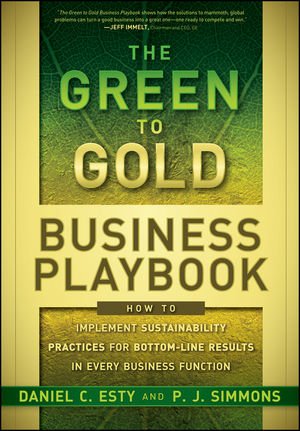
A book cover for The Green to Gold Business Playbook: How to Implement Sustainability Practices for Bottom-Line Results in Every Business Function; Daniel C. Esty; Business & Money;